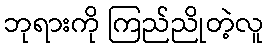
ဘုရားကို ကြည်ညိုတဲ့လူ